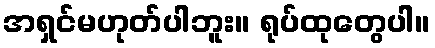
အရှင်မဟုတ်ပါဘူး။ ရုပ်ထုတွေပါ။